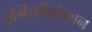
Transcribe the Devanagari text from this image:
एम्प्लिफिकेशन